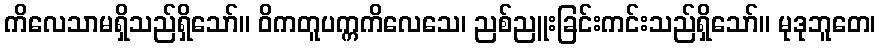
ကိလေသာမရှိသည်ရှိသော်။ ဝိကတူပက္ကကိလေသေ၊ ညစ်ညူးခြင်းကင်းသည်ရှိသော်။ မုဒုဘူတေ၊